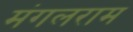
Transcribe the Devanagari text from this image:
मंगलराम